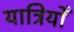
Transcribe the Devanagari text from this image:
यात्रियोँ